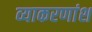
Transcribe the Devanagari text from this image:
व्याकरणांश